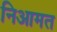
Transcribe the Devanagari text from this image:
निआमत